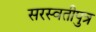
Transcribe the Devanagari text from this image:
सरस्वतीपुत्र